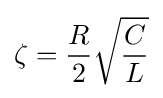
\zeta ={\frac {R}{2}}{\sqrt {\frac {C}{L}}}